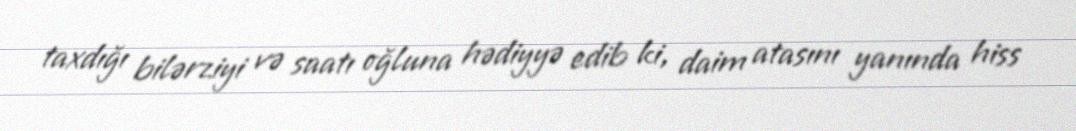
taxdığı bilərziyi və saatı oğluna hədiyyə edib ki, daim atasını yanında hiss